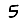
Digit: 5